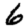
Digit: 6